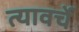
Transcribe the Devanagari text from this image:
त्यावर्चे